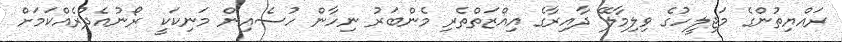
ރައްޔިތުންގެ މަޖިލީހުގެ ވިލިމާލޭ ދާއިރާގެ އިއްޒަތްތެރި މެންބަރު ނިހާން ހުސެއިން މަނިކަކީ ރޯނުއެދުރެއްކަމަށް